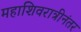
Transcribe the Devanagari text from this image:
महाशिवरात्रीनंतर